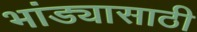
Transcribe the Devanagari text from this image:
भांड्यासाठी